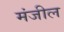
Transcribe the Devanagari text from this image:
मंजील